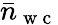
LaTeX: \bar{n}_{\mathrm{~w~c~}}